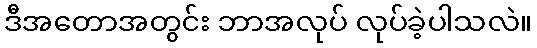
ဒီအတောအတွင်း ဘာအလုပ် လုပ်ခဲ့ပါသလဲ။